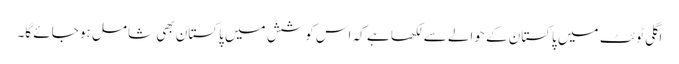
اگلی ٹوئٹ میں پاکستان کے حوالے سے لکھا ہے کہ اس کوشش میں پاکستان بھی شامل ہو جائے گا۔